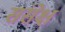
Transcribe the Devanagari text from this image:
संसेक्ष